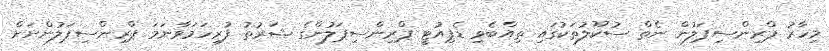
މިހާރު ޕްރިންސިޕަލުން ނެތް ސުކޫލުތަކުގައި ތިއްބެވި ޑެޕިއުޓީ ޕްރިންސިޕަލުންގެ ޝަރުތު ފުރިހަމަވާނަމަ ޕްރިންސިޕަލުންނަށް